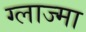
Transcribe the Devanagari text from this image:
ग्लाज्मा